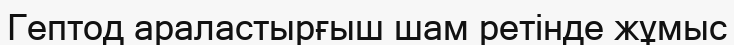
Гептод араластырғыш шам ретінде жұмыс